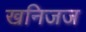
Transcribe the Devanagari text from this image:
खनिजज